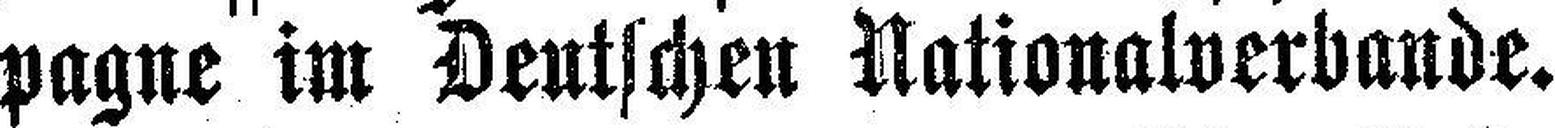
pagne im Deutschen Nationalverbande.